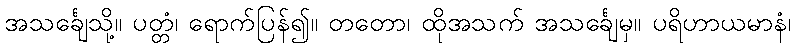
အသင်္ချေသို့။ ပတ္တံ၊ ရောက်ပြန်၍။ တတော၊ ထိုအသက် အသင်္ချေမှ။ ပရိဟာယမာနံ၊